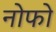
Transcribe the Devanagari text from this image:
नोफो